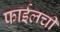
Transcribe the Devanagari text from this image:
फाईलची